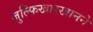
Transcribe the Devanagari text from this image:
जुल्फिखारखानने